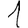
Digit: 1